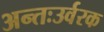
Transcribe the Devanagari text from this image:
अन्तःउर्वरक